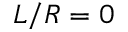
L / R = 0